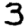
Digit: 3